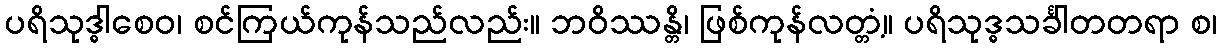
ပရိသုဒ္ဓါစေဝ၊ စင်ကြယ်ကုန်သည်လည်း။ ဘဝိဿန္တိ၊ ဖြစ်ကုန်လတ္တံ့။ ပရိသုဒ္ဓသင်္ခါတတရာ စ၊